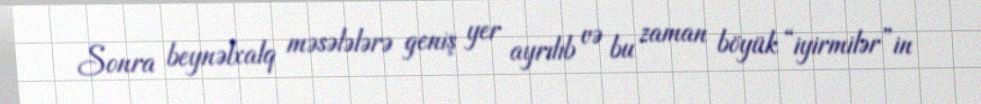
Sonra beynəlxalq məsələlərə geniş yer ayrılıb və bu zaman böyük “iyirmilər”in